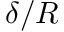
\delta / R